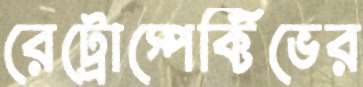
রেট্রোস্পেক্টিভের